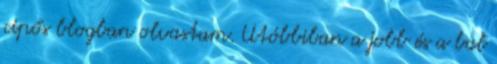
cipős blogban olvastam. Utóbbiban a jobb és a bal